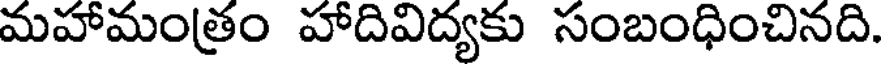
మహామంత్రం హాదివిద్యకు సంబంధించినది.